Leaving Certificate Examination, 1916
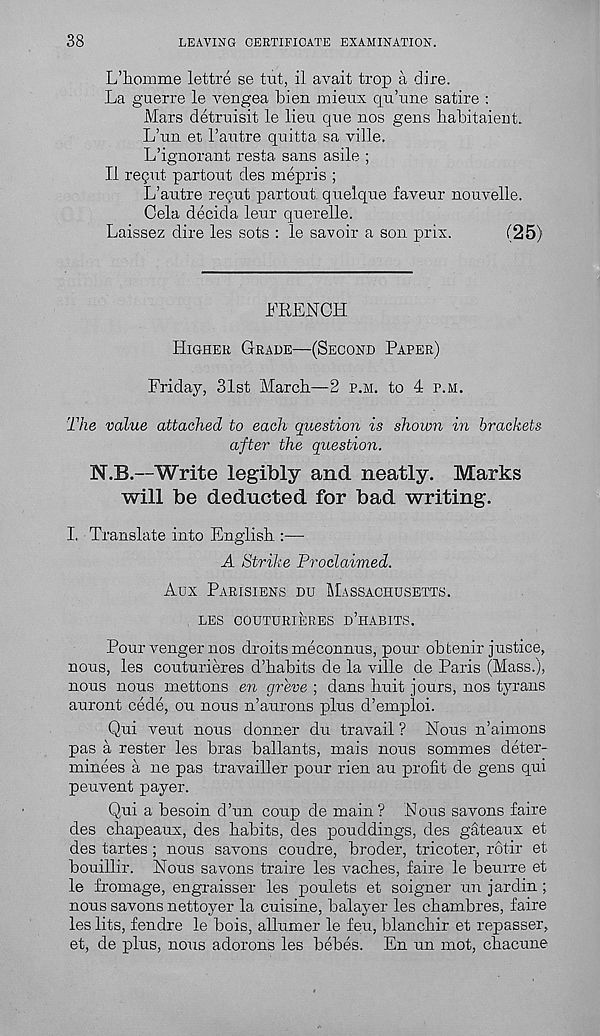
38
LEAVING CERTIFICATE EXAMINATION.
L’liomme lettre se tut, il avait trop a dire.
La guerre le vengea bien mieux qu’une satire :
Mars detruisit le lieu que nos gens liabitaieut.
L’un et 1’autre quitta sa ville.
L’ignorant resta sans asile ;
II regut partout des mepris ;
L’autre recut partout. quelque faveur nouvelle.
Cela decida leur querelle.
Laissez dire les sots : le savoir a son prix.
(25)
FRENCH
Higher Grade—(Second Paper)
Friday, 31st March—2 p.m. to 4 p.m.
The value attached to each question is shown in brackets
after the question.
N.B.—Write legibly and neatly. Marks
will be deducted for bad writing.
I. Translate into English :—
A Strike Proclaimed.
Aux Parisiens du Massachusetts.
LES COUTURIERES d’hABITS.
Pour venger nos droits meconnus, pour ohtenir justice,
nous, les couturieres d’habits de la ville de Paris (Mass.),
nous nous mettons en greve ; dans huit jours, nos tyrans
auront cede, on nous n’aurons plus d’emploi.
Qui veut nous donner du travail ? Nous n’aimons
pas a rester les bras ballants, mais nous sommes deter-
minees a ne pas travailler pour rien au profit de gens qui
peuvent payer.
Qui a besoin d’un coup de main? Nous savons faire
des chapeaux, des habits, des pouddings, des gateaux et
des tartes; nous savons coudre, broder, tricoter, rotir et
bouillir. Nous savons traire les vaches, faire le beurre et
le fromage, engraisser les poulets et soigner un jardin ;
nous savons nettoyer la cuisine, balayer les chambres, faire
les lits, fendre le bois, allumer le feu, blanchir et repasser,
et, de plus, nous adorons les bebes. En un mot, chacune